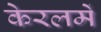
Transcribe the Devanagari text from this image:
केरलमें